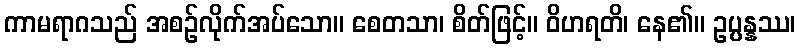
ကာမရာဂသည် အစဉ်လိုက်အပ်သော။ စေတသာ၊ စိတ်ဖြင့်။ ဝိဟရတိ၊ နေ၏။ ဥပ္ပန္နဿ၊